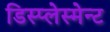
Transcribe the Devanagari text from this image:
डिस्प्लेस्मेन्ट